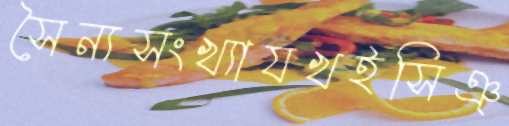
সৈন্যসংখ্যাযখইসিঞ্